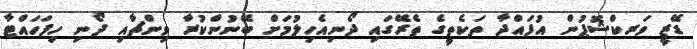
ޑޭޒީ ވަރކްޝޮޕުން އުފައްދާ ތަކެތީގެ ތެރޭގައި ދޯނިއެހިލުމަށް ބޭނުންކުރާ ވިންޗާއި ދޯނި ހިފަހައްޓާ